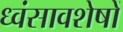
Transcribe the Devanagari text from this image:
ध्‍वंसावशेषों